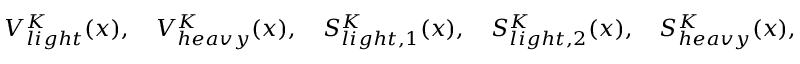
V _ { l i g h t } ^ { K } ( x ) , ~ ~ ~ V _ { h e a v y } ^ { K } ( x ) , ~ ~ ~ S _ { l i g h t , 1 } ^ { K } ( x ) , ~ ~ ~ S _ { l i g h t , 2 } ^ { K } ( x ) , ~ ~ ~ S _ { h e a v y } ^ { K } ( x ) ,